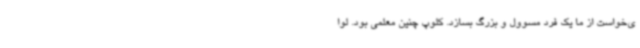
ی‌خواست از ما یک فرد مسوول و بزرگ بسازد. کلوپ چنین معلمی بود. لوا